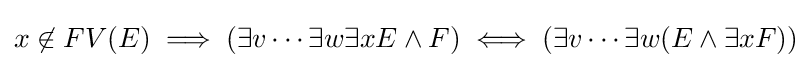
x\not \in FV(E)\implies (\exists v\cdots \exists w\exists xE\land F)\iff (\exists v\cdots \exists w(E\land \exists xF))